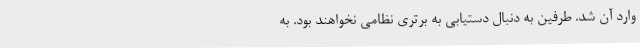
وارد آن شد. طرفین به دنبال دستیابی به برتری نظامی نخواهند بود. به